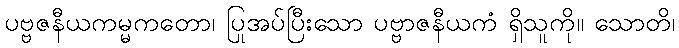
ပဗ္ဗဇနီယကမ္မကတော၊ ပြုအပ်ပြီးသော ပဗ္ဗာဇနီယကံ ရှိသူကို။ သောတိ၊